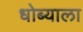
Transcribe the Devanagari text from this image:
धोब्याला